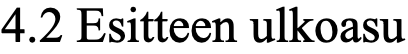
4.2 Esitteen ulkoasu